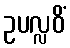
ဥပလ္လဝိံ